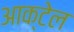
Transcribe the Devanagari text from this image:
आक्टेल